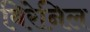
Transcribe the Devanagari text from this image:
बिरेनिल